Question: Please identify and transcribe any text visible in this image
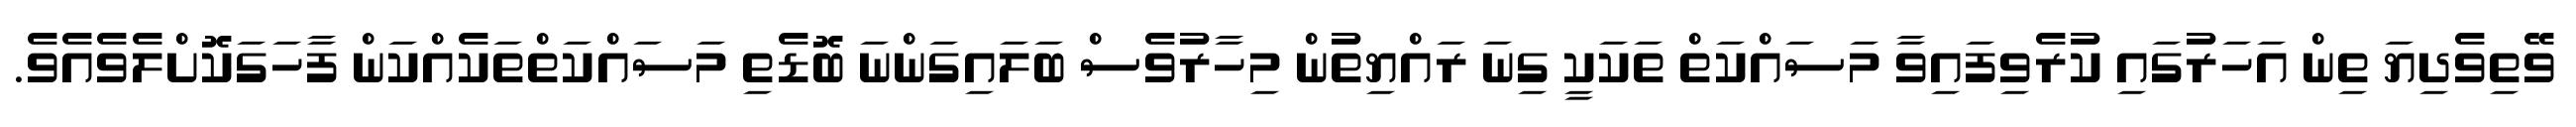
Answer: ވޭތިވެދިޔަ ތިން އަހަރުގައި ކުރެވިފައިވާ މަސައްކަތް ތަކަކީ ގިނަ ރައްޔިތުން މިހާރުވެސް ބަލައިގަންނަ ބޮޑެތި މަސައްކަތްތަކެއްކަން ފާހަގަކޮށްލެވެއެވެ.